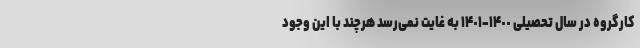
کارگروه در سال تحصیلی ١۴٠٠-١۴٠١ به غایت نمی‌رسد هرچند با این وجود